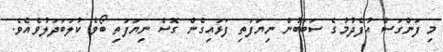
މި ފަންގަސް އުފެދުމުގެ ސަބަބުން ނިޔަފަތި ފަޅައިގެން ގޮސް ނިޔަފަތި ބޯވެ ކުލަބަދަލުވެއެވެ.